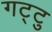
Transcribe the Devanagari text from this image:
गट्टु